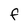
Character: f